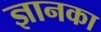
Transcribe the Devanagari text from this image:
ज्ञानका